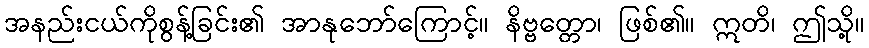
အနည်းငယ်ကိုစွန့်ခြင်း၏ အာနုဘော်ကြောင့်။ နိဗ္ဗတ္တော၊ ဖြစ်၏။ ဣတိ၊ ဤသို့။